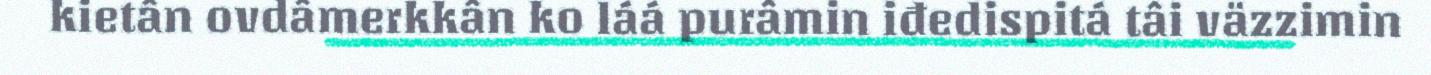
kietân ovdâmerkkân ko láá purâmin iđedispitá tâi väzzimin